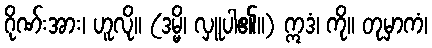
ဂိုဏ်းအား၊ ဟူလို။ (ဒမ္မိ၊ လှူပါ၏။) ဣဒံ၊ ကို။ တုမှာကံ၊